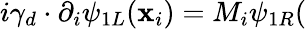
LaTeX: i\gamma_{d}\cdot\partial_{i}\psi_{1L}(\mathbf{x}_{i})=M_{i}\psi_{1R}(